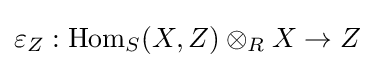
\varepsilon _{Z}:\operatorname {Hom} _{S}(X,Z)\otimes _{R}X\to Z